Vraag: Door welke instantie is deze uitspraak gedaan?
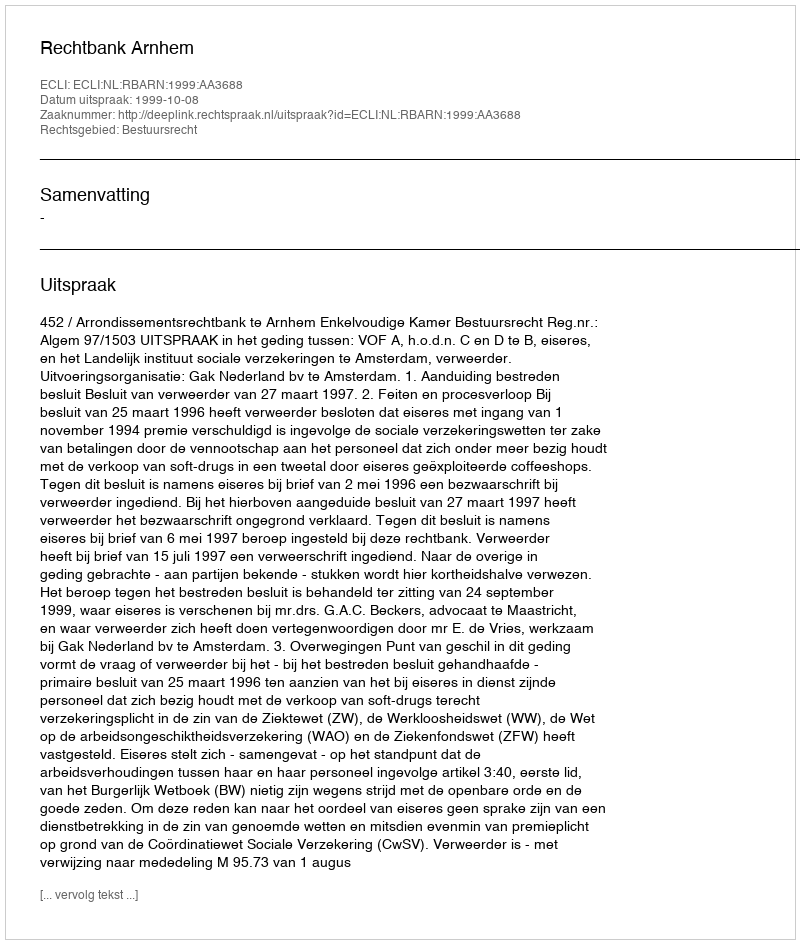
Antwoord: Rechtbank Arnhem